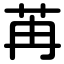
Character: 苒